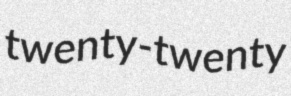
twenty-twenty